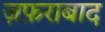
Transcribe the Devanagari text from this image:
ज़फ़राबाद